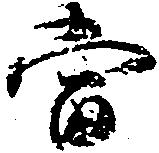
当